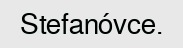
Stefanóvce.